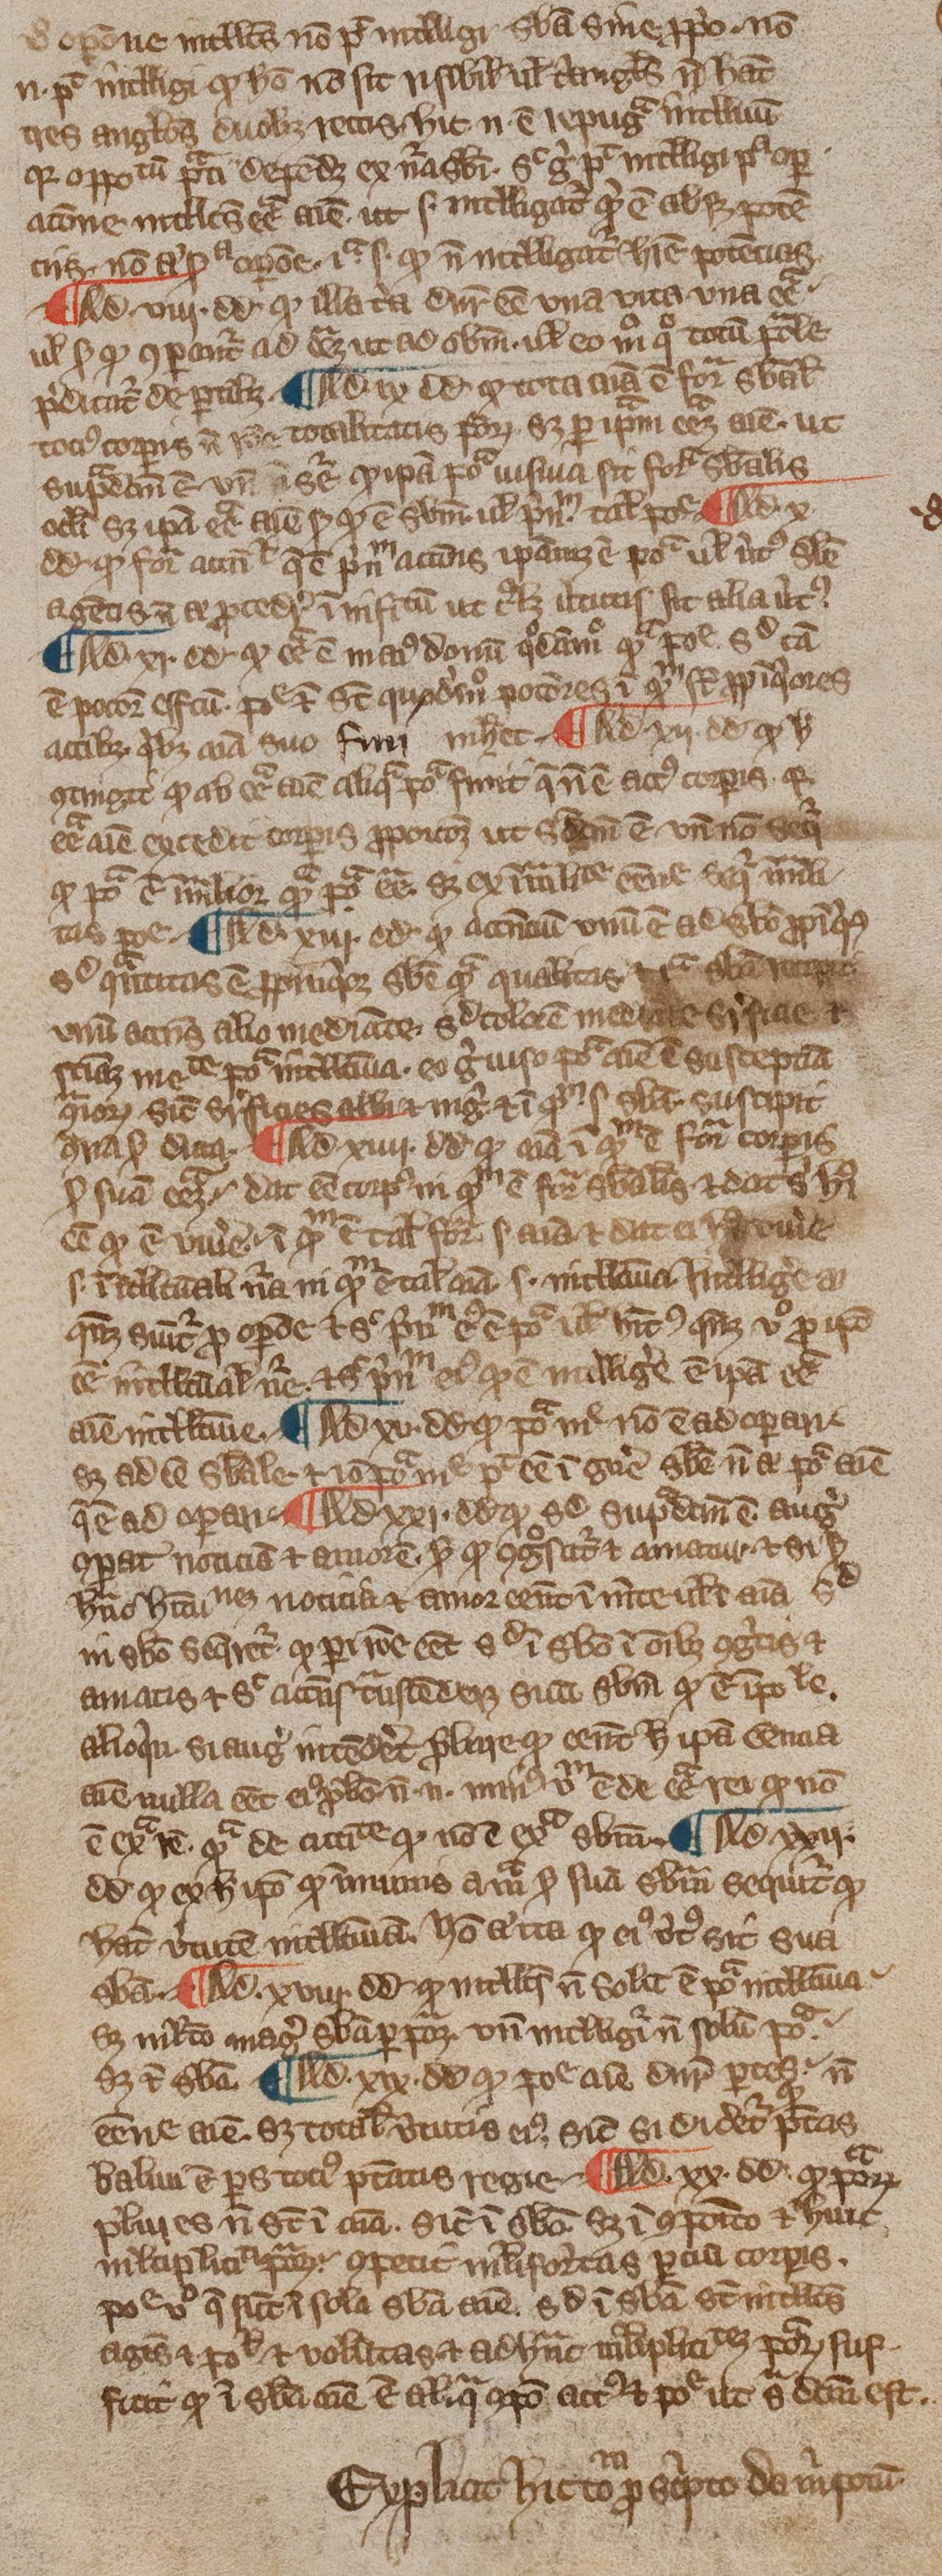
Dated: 1300–1399